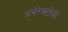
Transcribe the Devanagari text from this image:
अथेरेक्टोमी